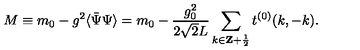
M \equiv m _ { 0 } - g ^ { 2 } \langle \bar { \Psi } \Psi \rangle = m _ { 0 } - \frac { g _ { 0 } ^ { 2 } } { 2 \sqrt { 2 } L } \sum _ { k \in { \bf Z } + \frac { 1 } { 2 } } t ^ { ( 0 ) } ( k , - k ) .